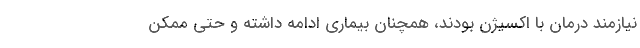
نیازمند درمان با اکسیژن بودند، همچنان بیماری ادامه داشته و حتی ممکن